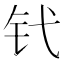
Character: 𬬩